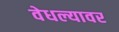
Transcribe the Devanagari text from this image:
वेधल्यावर